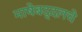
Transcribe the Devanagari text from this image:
भाषेबद्दलचे